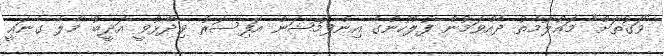
"ވަގުތަށް" މައުލޫމާތު ދެއްވަމުން ފުލުހުންގެ އިންފޮމޭޝަން އޮފިސަރު ވިދާޅުވީ އަދީބު މާލެ ގެނައީ